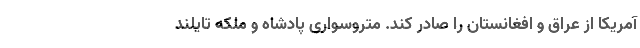
آمریکا از عراق و افغانستان را صادر کند. متروسواری پادشاه و ملکه تایلند